Vaccination in the Punjab 1919-1929 - 1919-1929
Year: 1919
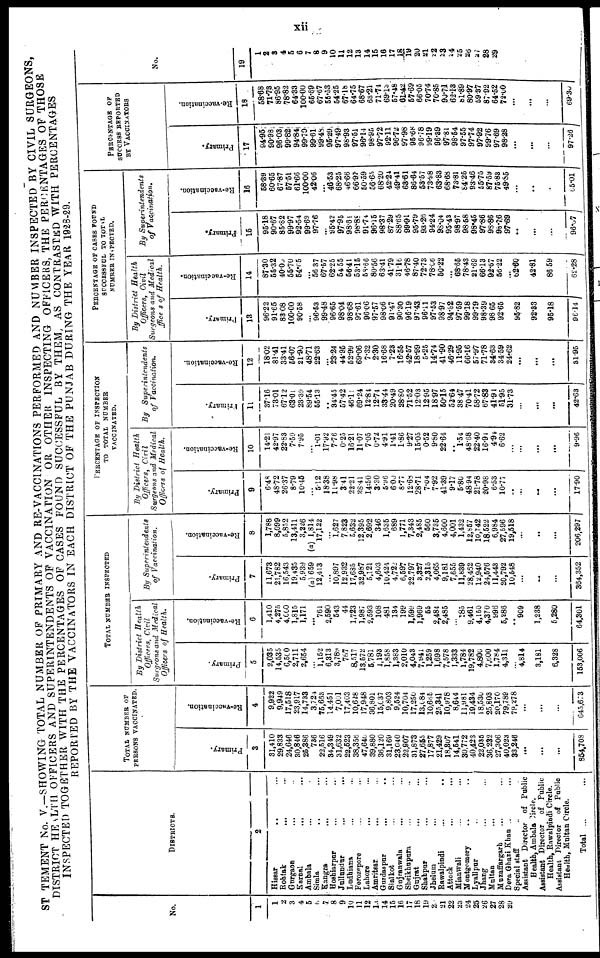
xii
STATEMENT No. V.—SHOWING TOTAL NUMBER OF PRIMARY AND RE-VACCINATIONS PERFORMED AND NUMBER INSPECTED BY CIVIL SURGEONS,
DISTRICT HEALTH OFFICERS AND SUPERINTENDENTS OF VACCINATION OR OTHER INSPECTING OFFICERS, THE PERCENTAGES OF THOSE
INSPECTED TOGETHER WITH THE PERCENTAGES OF CASES FOUND SUCCESSFUL BY THEM, AS CONTRASTED WITH PERCENTAGES
REPORTED BY THE VACCINATORS IN EACH DISTRICT OF THE PUNJAB DURING THE YEAR 1928-29.
No.
1
1
2
3
4
5
6
7
8
9
10
11
12
13
14
15
16
17
18
19
20
21
22
23
24
25
26
27
28
29
DISTRICTS.
2
Hissar
...
...
Rohtak ... ...
Gurgaon
...
...
Karnal
...
...
Ambala ... ...
Simla ... ...
Kangra ... ...
Hoshiarpur ... ...
Jullundur ... ...
Ludhiana ... ...
Ferozepore ... ...
Lahore ... ...
Amritsar ... ...
Gurdaspur ... ...
Sialkot ... ...
Gujranwala ... ...
Sheikhupura ... ...
Gujrat ... ...
Shahpur ... ...
Jhelum ... ...
Rawalpindi ... ...
Attock ... ...
Mianwali ... ...
Montgomery ... ...
Lyallpur ... ...
Jhang ... ...
Multan ... ...
Muzaffargarh ... ...
Dera Ghazi Khan ... ...
Special staff ... ...
Assistant Director of Public
Health, Ambala Circle.
Assistant Director of Public
Health, Rawalpindi Circle.
Assistant Director of Public
Health, Multan Circle.
Total ... ...
TOTAL NUMBER OF
PERSONS VACCINATED.
Primary.
3
31,410
29,833
24,646
30,846
25,386
736
22,516
34,349
31,632
22,523
38,356
47,640
39,880
36,120
31,169
23,040
22,907
31,873
27,655
17,877
21,429
18,307
14,541
30,772
40,423
22,035
36,232
27,306
40,023
33,246
...
...
...
854,708
Re-vaccination.
4
9,922
9,949
17,518
23,917
14,733
3,724
76,663
14,451
7,001
17,403
10,628
17,948
36,801
15,037
9,803
9,524
10,704
17,250
13,084
10,665
25,341
10,978
8,644
11,981
19,434
18,530
25,803
20,170
79,789
79,278
...
...
...
645,673
TOTAL NUMBER INSPECTED
By District Health
Officers, Civil
Surgeons and Medical
Officers of Health.
Primary.
5
2,035
14,535
6,500
2,711
2,654
...
1,152
6,313
3,789
767
8,517
13,572
5,781
1,193
1,858
1,383
2,010
4,043
7,941
1,259
1,698
7,578
1,333
1,784
19,782
4,806
7,600
1,784
4,311
...
4,814
3,181
6,328
153,006
Re-vaccination.
6
1,410
4,275
4,000
1,815
1,171
...
761
2,590
543
44
1,723
1,987
2,593
108
481
134
199
1,599
1,969
55
2,484
2,485
...
185
9,461
4,150
4,370
996
5,286
..
909
1,238
5,280
64,301
By Superintendents
of Vaccination.
Primary.
7
11,673
21,782
16,543
19,435
5,939
(a) 659
12,413
...
10,897
12,932
17,635
32,987
5,121
4,603
10,424
4,722
6,597
22,797
3,327
2,315
4,065
9,181
7,655
11,839
28,462
12,940
24,576
11,443
20,792
10,548
...
...
...
364,352
Re-vaccination.
8
1,788
8,099
5,852
13,411
3,226
(a) 1,814
17,122
...
1,627
7,823
5,632
12,395
2,692
346
1,635
689
1,771
7,343
2,485
560
3,735
4,600
4,001
1,432
12,857
10,742
18,522
6,984
27,596
19,518
...
...
...
206,297
PERCENTAGE OF INSPECTION
TO TOTAL NUMBER
VACCINATED.
By District Health
Officers, Civil
Surgeons and Medical
Officers of Health.
Primary.
9
6.48
48.72
26.37
8.79
10.45
...
5.12
18.38
11.98
3.41
22.21
28.41
14.50
3.30
5.96
6.00
8.77
12.68
28.71
7.04
7.92
41.39
9.17
5.80
48.94
21.78
20.98
6.53
10.77
...
...
...
...
17.90
Re-vaccination.
10
14.21
42.97
22.83
7.59
7.95
...
1.01
17.92
7.76
0.25
16.21
11.07
7.05
0.72
4.91
1.41
1.86
9.27
15.05
0.52
9.80
22.64
...
1.54
48.68
22.40
16.94
4.94
6.62
...
...
...
9.96
By
Superintendents
of Vaccination.
Primary.
11
37.16
73.01
67.12
63.01
23.30
89.54
65.13
...
34.45
57.42
46.11
69.24
12.84
12.74
33.44
20.49
28.80
71.52
12.03
12.96
18.97
50.15
52.64
38.47
70.41
58.72
67.83
41.91
51.95
31.78
...
...
...
42.63
Re-vaccination.
12
18.02
81.41
33.41
56.07
21.90
48.71
22.63
...
23.24
44.95
52.99
69.06
7.32
2.30
16.68
7.23
16.55
42.57
18.99
5.25
14.74
41.90
46.29
11.95
66.16
57.97
71.78
34.63
34.59
24.62
...
...
...
31.95
PERCENTAGE OF CASES FOUND
SUCCESSFUL TO TOTAL
NUMBER INSPECTED.
By District Health
Officers, Civil
Surgeons and Medical
officers of Health.
Primary.
13
96.22
91.65
83.08
100.00
90.58
...
96.53
99.48
96.65
98.04
98.68
97.61
96.06
97.57
98.06
91.47
90.30
96.19
97.43
96.11
97.53
98.97
94.82
97.59
99.18
99.79
98.39
98.65
92.65
...
95.82
92.33
95.18
96.14
Re-vaccination.
14
87.30
55.32
40.00
55.70
54.65
...
56.37
67.57
62.25
54.55
56.41
53.15
58.66
80.56
63.41
41.79
31.16
46.78
87.40
72.73
78.66
50.22
...
68.65
78.43
21.69
66.13
92.67
56.22
...
62.60
42.81
86.59
62.28
By Superintendents
of Vaccination.
Primary.
15
95.18
90.67
85.82
99.97
92.54
99.69
97.76
...
95.42
97.95
98.61
98.88
91.74
96.15
98.37
87.29
88.65
99.91
95.79
93.26
94.24
98.04
95.43
98.97
98.58
98.45
97.86
98.86
98.76
97.69
...
...
...
96.57
Re-vaccination.
16
58.39
60.65
67.87
57.51
61.66
100.00
42.06
...
46.53
68.25
46.66
66.97
50.59
56.65
68.20
42.24
49.41
63.61
86.64
53.57
73.98
63.83
68.68
73.81
84.25
93.46
55.75
87.59
75.83
49.85
...
...
...
65.01
PERCENTAGE OF
SUCCESS REPORTED
BY VACCINATORS
Primary.
17
94.95
90.98
96.03
99.82
94.84
99.70
99.61
99.48
95.29
97.49
98.93
97.51
96.14
98.95
97.72
92.11
96.72
97.98
95.68
96.78
99.19
96.39
97.81
98.54
97.55
97.74
97.92
99.76
97.69
98.28
...
...
...
97.26
Re-vaccination.
18
58.68
71.73
86.95
78.82
64.33
100.00
65.39
67.67
55.53
54.25
67.18
64.75
68.67
63.21
71.74
69.13
57.48
61.42
57.69
66.05
70.74
70.85
90.71
62.13
81.89
80.97
59.87
87.92
64.52
72.00
...
...
...
69.30
No.
19
1
2
3
4
5
6
7
8
9
10
11
12
13
14
15
16
17
18
19
20
21
22
23
24
25
26
27
28
29